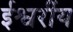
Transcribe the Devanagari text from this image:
ईश्वरींय